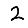
Digit: 2